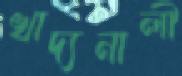
খাদ্যনালী